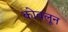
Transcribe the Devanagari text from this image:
कोवलून